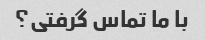
با ما تماس گرفتی؟